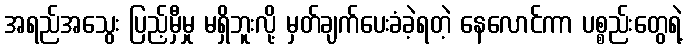
အရည်အသွေး ပြည့်မှီမှု မရှိဘူးလို့ မှတ်ချက်ပေးခံခဲ့ရတဲ့ နေလောင်ကာ ပစ္စည်းတွေရဲ့